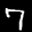
Label: 7